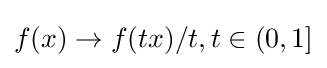
f(x)\to f(tx)/t,t\in (0,1]